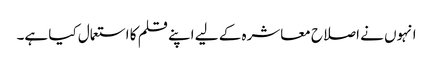
انہوں نے اصلاح معاشرہ کے لیے اپنے قلم کا استعمال کیا ہے۔